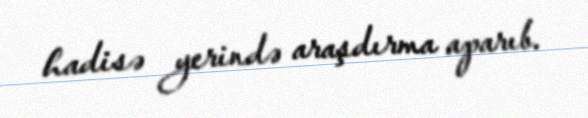
hadisə yerində araşdırma aparıb.